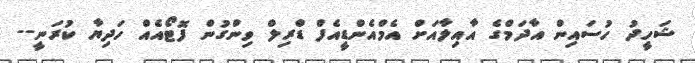
ޝަހީދު ހުސައިން އާދަމްގެ އާއިލާއަށް އެމްއެންޑީއެފް ޑްރިލް ވިންގުން ފޮޓޯއެއް ހަދިޔާ ކުރަނީ--